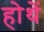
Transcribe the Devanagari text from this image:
होथें